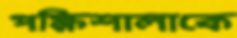
পক্ষিশালাকে